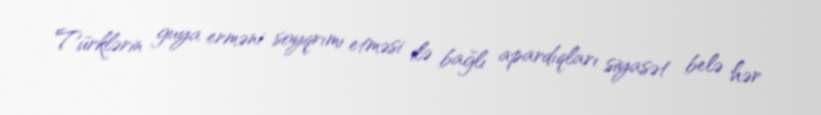
Türklərin guya erməni soyqrımı etməsi ilə bağlı apardıqları siyasət belə hər